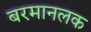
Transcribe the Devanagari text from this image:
बरमानलक